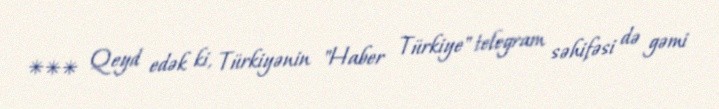
*** Qeyd edək ki, Türkiyənin "Haber Türkiye" telegram səhifəsi də gəmi